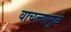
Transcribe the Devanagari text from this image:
वाचल्यामुळे